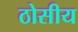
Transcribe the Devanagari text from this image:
ठोसीय